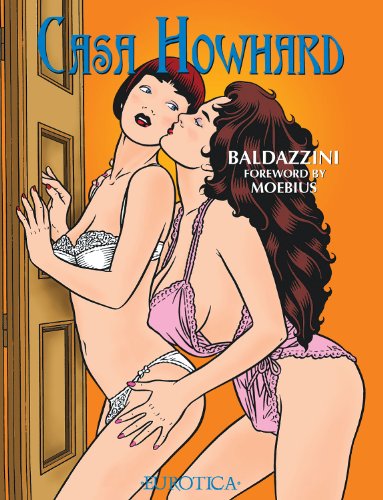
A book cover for Casa Howhard: Vol. 1; Roberto Baldazzini; Comics & Graphic Novels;